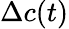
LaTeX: \Delta c(t)